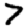
Digit: 7